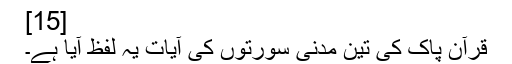
[15]
قرآن پاک کی تین مدنی سورتوں کی آیات یہ لفظ آیا ہے۔